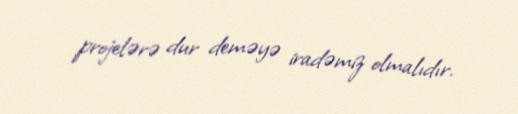
projelərə dur deməyə iradəmiz olmalıdır.